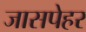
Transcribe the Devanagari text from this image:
जासपेहर